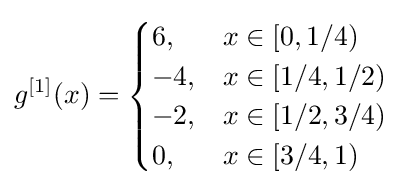
g^{[1]}(x)={\begin{cases}6,&x\in [0,1/4)\\-4,&x\in [1/4,1/2)\\-2,&x\in [1/2,3/4)\\0,&x\in [3/4,1)\end{cases}}